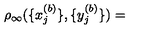
\rho _ { \infty } ( \{ x _ { j } ^ { ( b ) } \} , \{ y _ { j } ^ { ( b ) } \} ) =